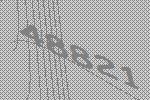
48821